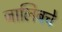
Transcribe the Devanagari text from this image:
जालिबचे